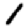
Digit: 1